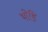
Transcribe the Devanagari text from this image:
थोडि